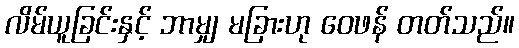
လိမ်ယူခြင်းနှင့် ဘာမျှ မခြားဟု ဝေဖန် တတ်သည်။